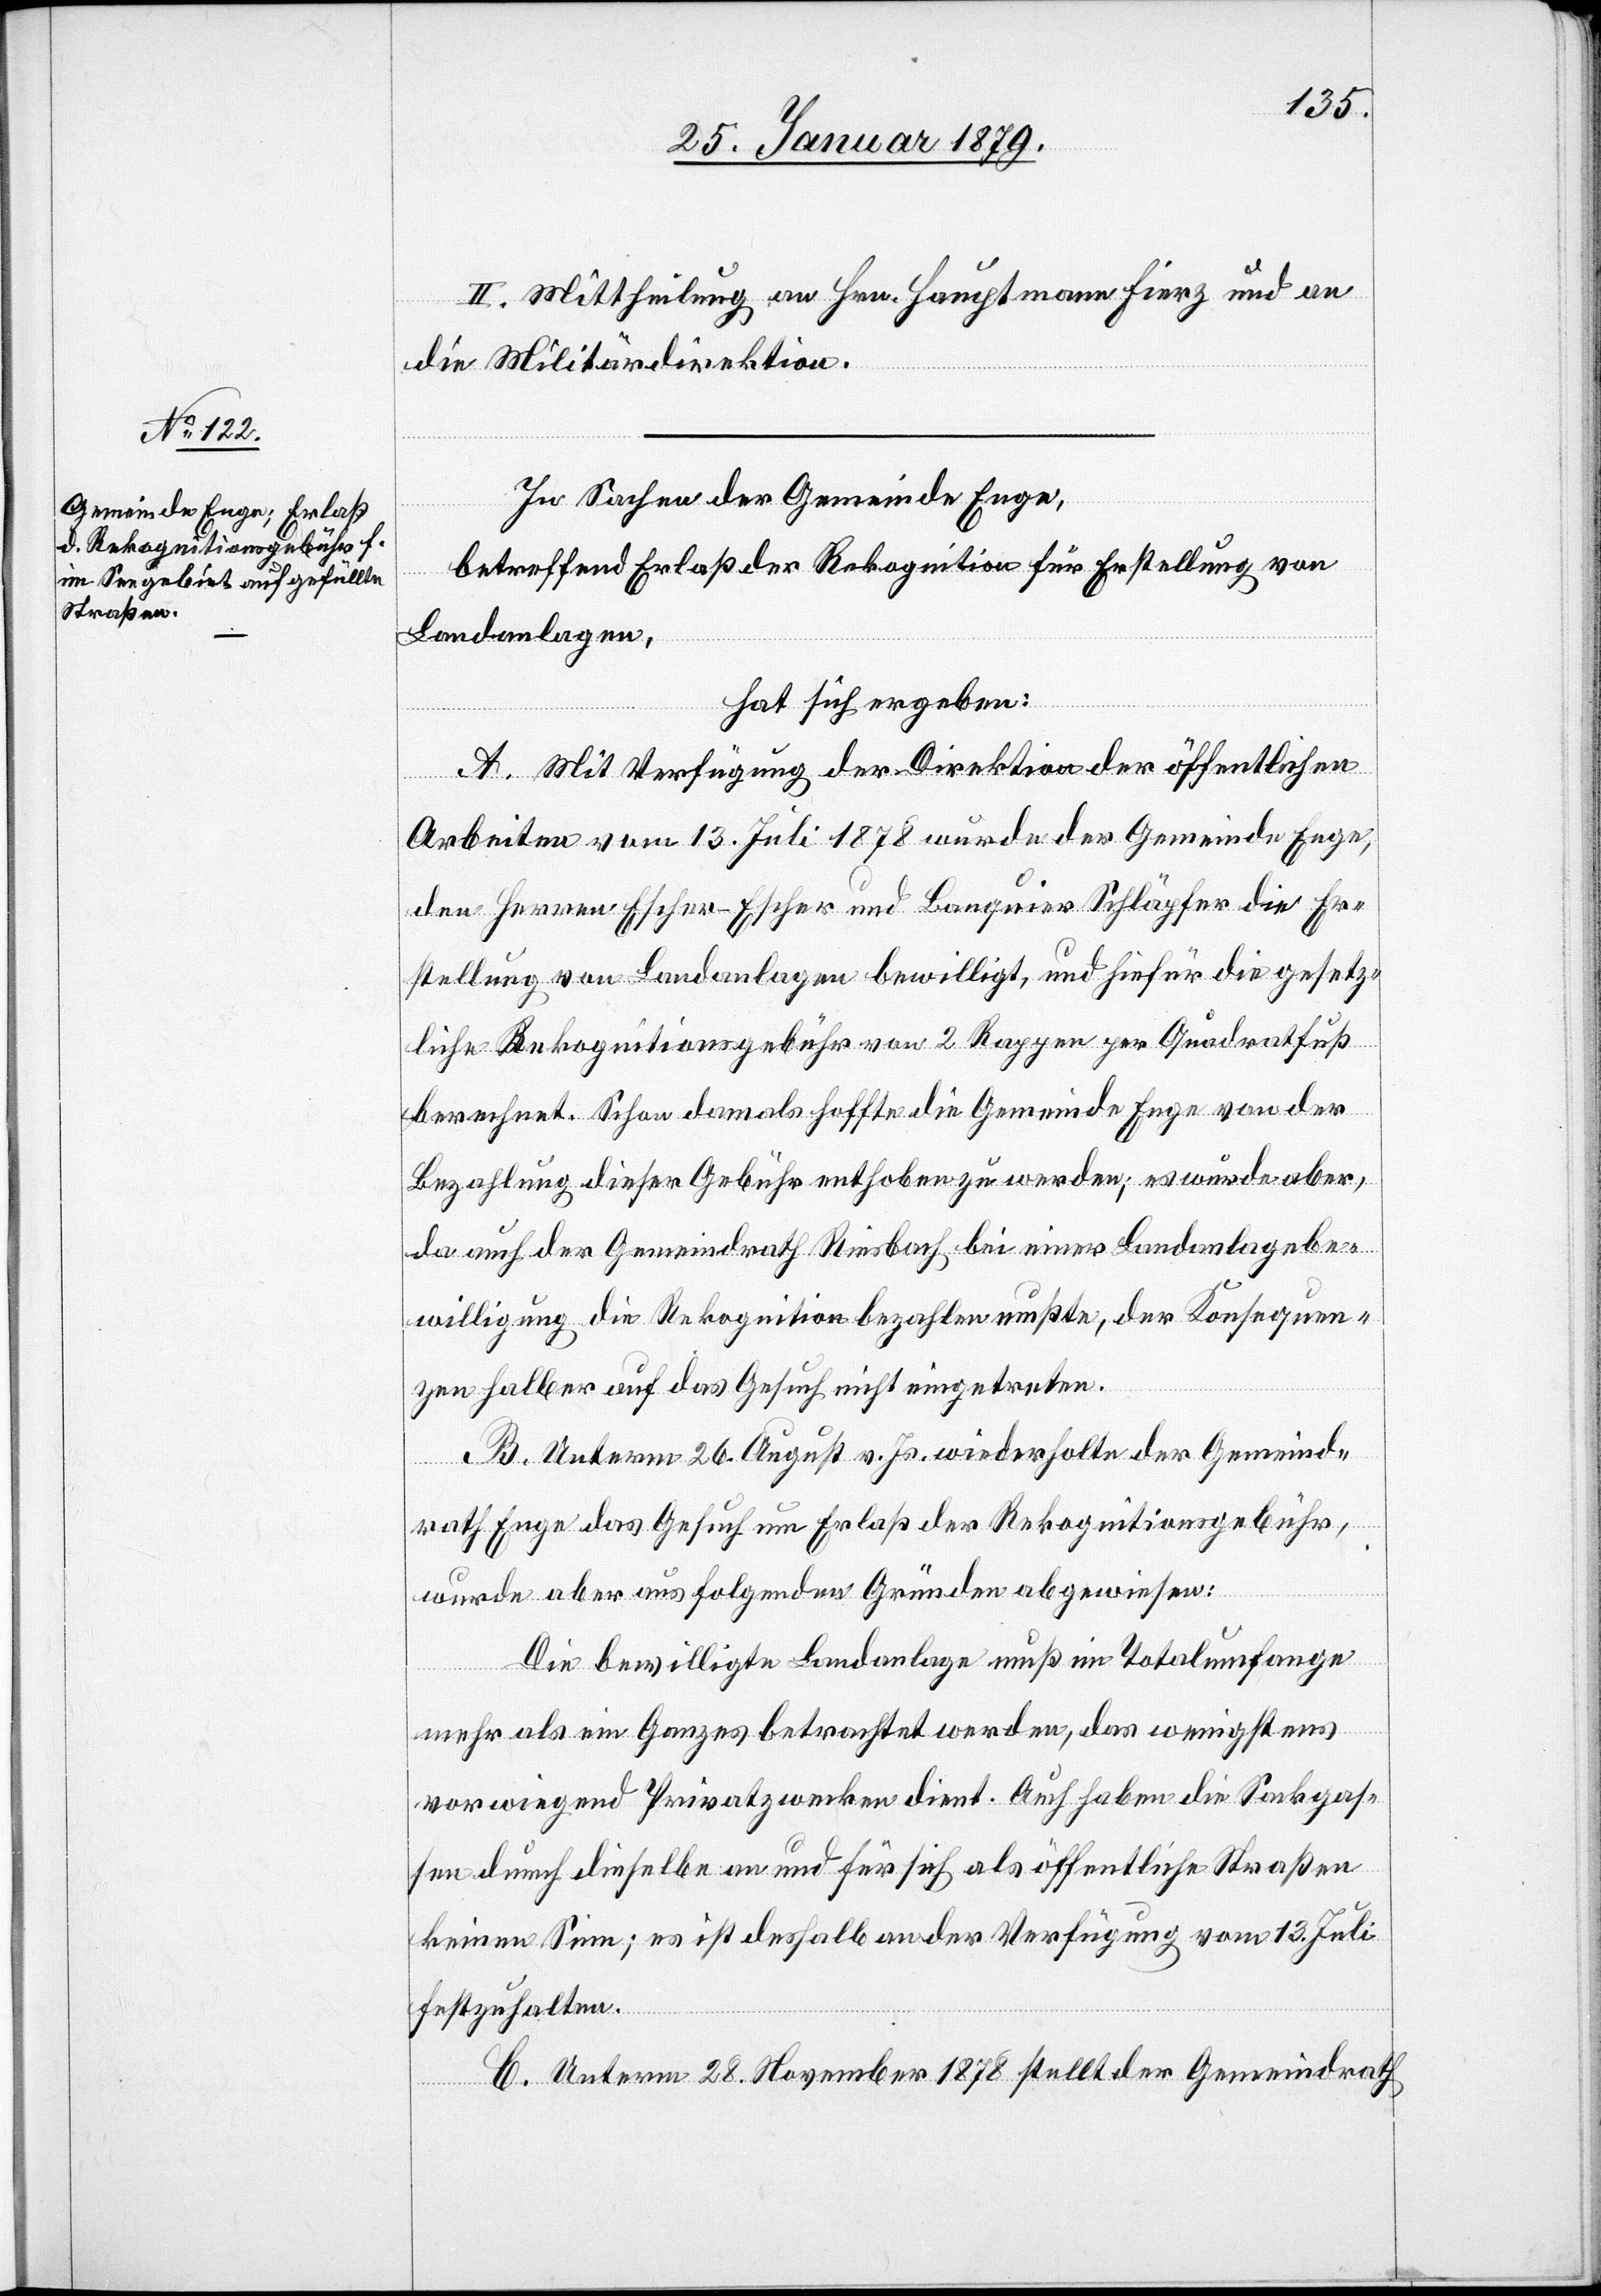
II. Mittheilung an Hrn. Hauptmann Fierz und an
die Militärdirektion.
In Sachen der Gemeinde Enge,
betreffend Erlaß der Rekognition für Erstellung von
Landanlagen,
hat sich ergeben:
A. Mit Verfügung der Direktion der öffentlichen
Arbeiten vom 13. Juli 1878 wurde der Gemeinde Enge,
den Herren Escher-Escher und Banquier Schläpfer die Er¬
stellung von Landanlagen bewilligt, und hiefür die gesetz¬
liche Rekognitionsgebühr von 2 Rappen per Quadratfuß
berechnet. Schon damals hoffte die Gemeinde Enge von der
Bezahlung dieser Gebühr enthoben zu werden; es wurde aber,
da auch der Gemeindrath Riesbach bei einer Landanlagebe¬
willigung die Rekognition bezahlen mußte, der Konsequen¬
zen halber auf das Gesuch nicht eingetreten.
B. Unterm 26. August v. Js. wiederholte der Gemeind¬
rath Enge das Gesuch um Erlaß der Rekognitionsgebühr,
wurde aber aus folgenden Gründen abgewiesen:
Die bewilligte Landanlage muß im Totalumfange
mehr als ein Ganzes betrachtet werden, das wenigstens
vorwiegend Privatzwecken dient. Auch haben die Sackgas¬
sen durch dieselbe an und für sich als öffentliche Straßen
keinen Sinn; es ist deshalb an der Verfügung vom 13. Juli
festzuhalten.
C. Unterm 28. November 1878 stellt der Gemeindrath